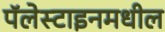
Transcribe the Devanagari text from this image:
पॅलेस्टाइनमधील